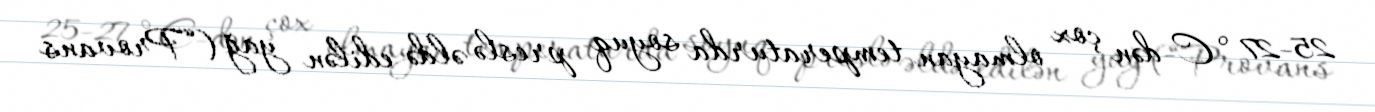
25-27 °C-dən çox olmayan temperaturda soyuq preslə əldə edilən yağ (“Provans